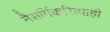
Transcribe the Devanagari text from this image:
नैसर्गिकरित्याही